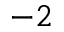
^ { - 2 }